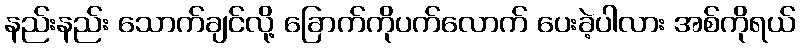
နည်းနည်း သောက်ချင်လို့ ခြောက်ကိုပက်လောက် ပေးခဲ့ပါလား အစ်ကိုရယ်